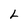
Character: L